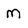
Character: M